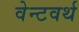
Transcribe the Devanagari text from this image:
वेन्टवर्थ